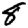
Digit: 8